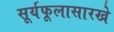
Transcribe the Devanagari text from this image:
सूर्यफूलासारखे